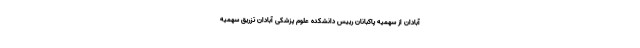
آبادان از سهمیه پاکبانان رییس دانشکده علوم پزشکی آبادان تزریق سهمیه